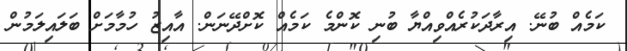
ކަމެއް ބުނޭ. އިރާދަކުރެއްވިއްޔާ ބުނި ކޮންމެ ކަމެއް ކޮށްދޭނަން. އާއިޒު ހުމާމަށް ބަލައިލަމުން